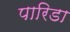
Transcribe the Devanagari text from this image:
पारिडा